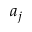
a _ { j }